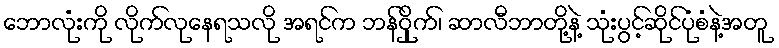
ဘောလုံးကို လိုက်လုနေရသလို အရင်က ဘန်ဝှိုက်၊ ဆာလီဘာတို့နဲ့ သုံးပွင့်ဆိုင်ပုံစံနဲ့အတူ